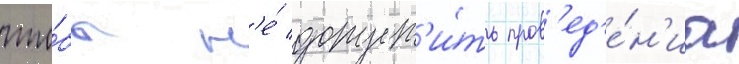
что́бы н'е́ допуст'и́ть пров'ед'е́н'иа